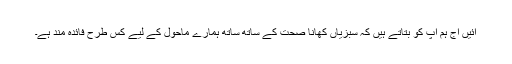
آئیں آج ہم آپ کو بتاتے ہیں کہ سبزیاں کھانا صحت کے ساتھ ساتھ ہمارے ماحول کے لیے کس طرح فائدہ مند ہے۔